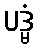
ပဒ္မံ